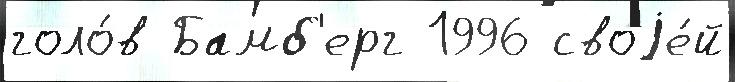
голо́в Бамб'ерг 1996 своjе́й